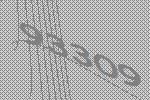
93309